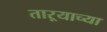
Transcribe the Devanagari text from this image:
ताऱ्‍याच्या